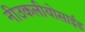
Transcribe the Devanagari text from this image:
नीउकलीयोसाईड